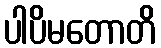
ပါပိမတောတိ